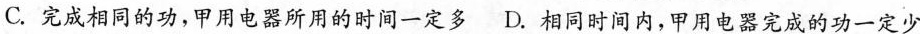
C.完成相同的功，甲用电器所用的时间一定多 D.相同时间内，甲用电器完成的功一定少